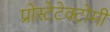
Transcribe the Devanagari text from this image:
प्रोस्टेटेक्टोमी